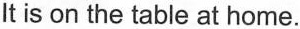
It is on the table at home.